Quinine and its salts - Number 41
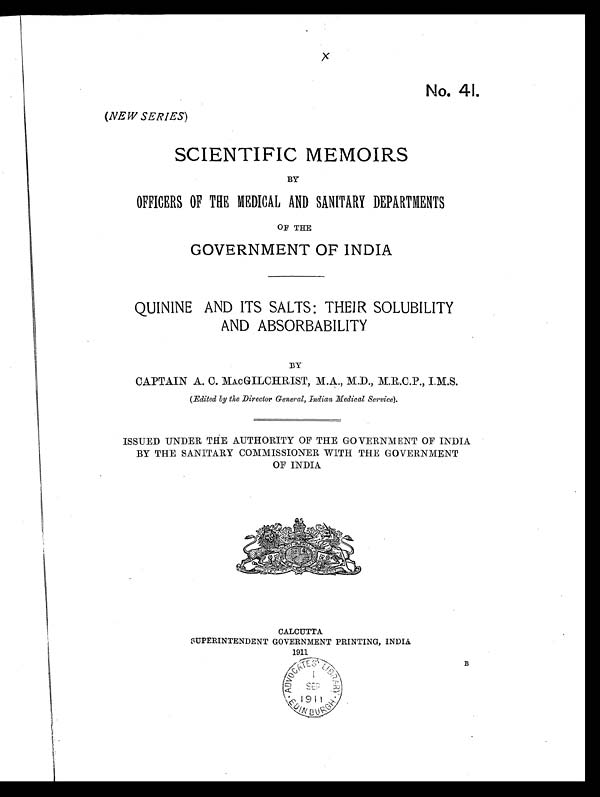
x
No. 41.
(NEW SERIES)
SCIENTIFIC MEMOIRS
BY
OFFICERS OF THE MEDICAL AND SANITARY DEPARTMENTS
OF THE
GOVERNMENT OF INDIA
QUININE AND ITS SALTS: THEIR SOLUBILITY
AND ABSORBABILITY
BY
CAPTAIN A. C. MACGILCHRIST, M.A., M.D., M.R.C.P., I.M.S.
(Edited by the Director General, Indian Medical Service).
ISSUED UNDER THE AUTHORITY OF THE GOVERNMENT OF INDIA
BY THE SANITARY COMMISSIONER WITH THE GOVERNMENT
OF INDIA
CALCUTTA
SUPERINTENDENT GOVERNMENT PRINTING, INDIA
1911
B
\<.\ 9 I
\e.')/